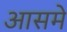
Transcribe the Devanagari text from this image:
आसमे